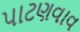
પાટણવાવ